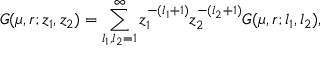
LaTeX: G ( \mu , r ; z _ { 1 } , z _ { 2 } ) = \sum _ { l _ { 1 } , l _ { 2 } = 1 } ^ { \infty } z _ { 1 } ^ { - ( l _ { 1 } + 1 ) } z _ { 2 } ^ { - ( l _ { 2 } + 1 ) } G ( \mu , r ; l _ { 1 } , l _ { 2 } ) ,